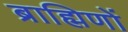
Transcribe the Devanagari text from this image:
ब्राह्मिणों